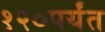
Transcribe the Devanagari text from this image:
१२०पर्यंत